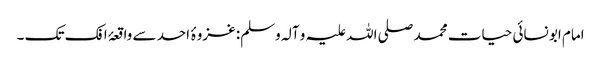
امام ابو نسائی حیات محمد صلی اللہ علیہ و آلہ وسلم: غزوۂ احد سے واقعۂ افک تک ۔